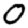
Digit: 0